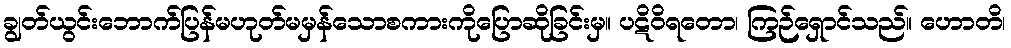
ချွတ်ယွင်းဘောက်ပြန်မဟုတ်မမှန်သောစကားကိုပြောဆိုခြင်းမှ။ ပဋိဝိရတော၊ ကြဉ်ရှောင်သည်။ ဟောတိ၊